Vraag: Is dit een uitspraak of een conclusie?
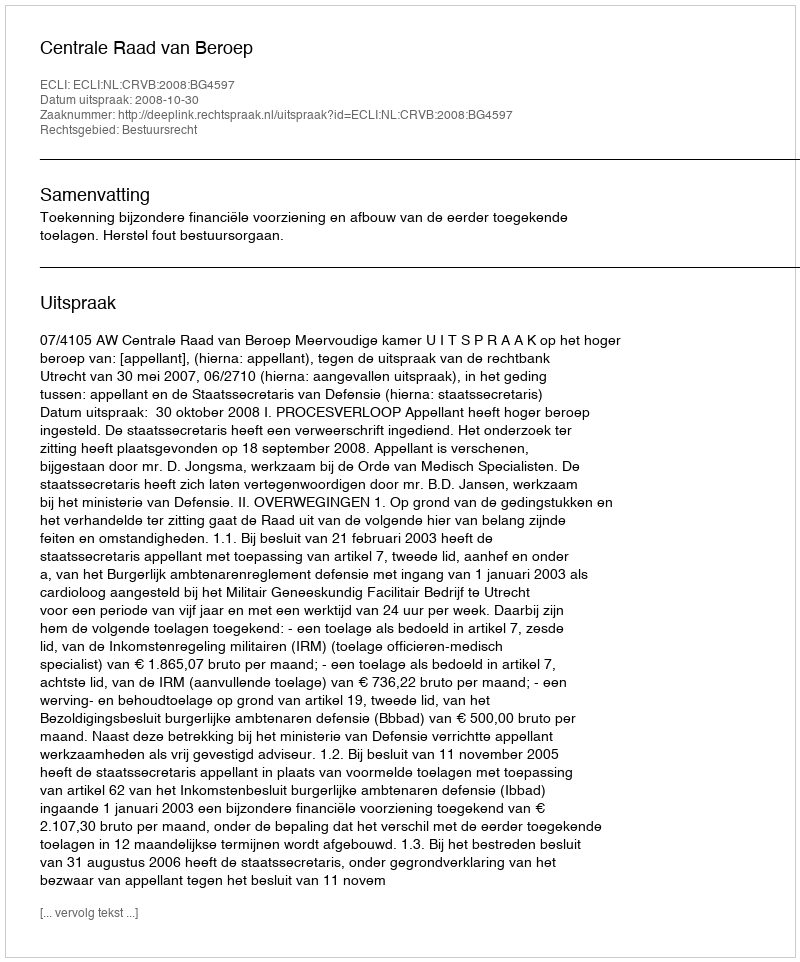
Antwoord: Uitspraak